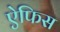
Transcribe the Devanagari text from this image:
ऐफिस